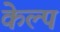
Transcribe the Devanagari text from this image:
केल्प